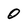
Character: 0